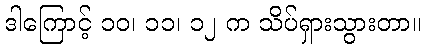
ဒါကြောင့် ၁၀၊ ၁၁၊ ၁၂ က သိပ်ရှားသွားတာ။